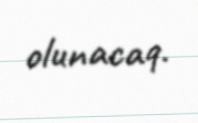
olunacaq.